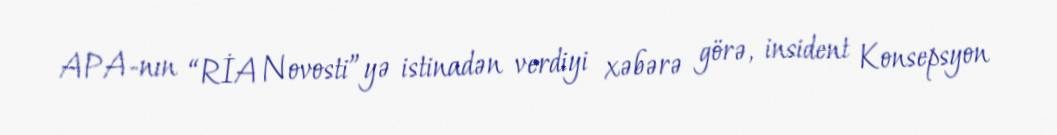
APA-nın “RİA Novosti”yə istinadən verdiyi xəbərə görə, insident Konsepsyon